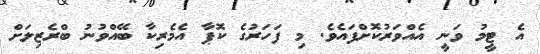
އެ ޓީމު ވަނީ އެއްވަރުކޮށްފައެވެ. މި ފަހަރުގެ ކޮޕާ އެމެރިކާ ބޭއްވުނު ބްރެޒިލަށް